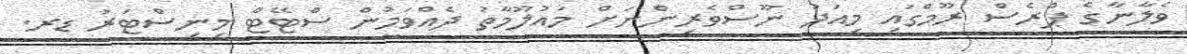
ވެލާނާގެ ޕްރެސް ރޫމްގައި މިއަދު ނޫސްވެރިންނަށް މައުލޫމާތު ދެއްވަމުން ސްޓޭޓް މިނިސްޓަރު ޑރ.